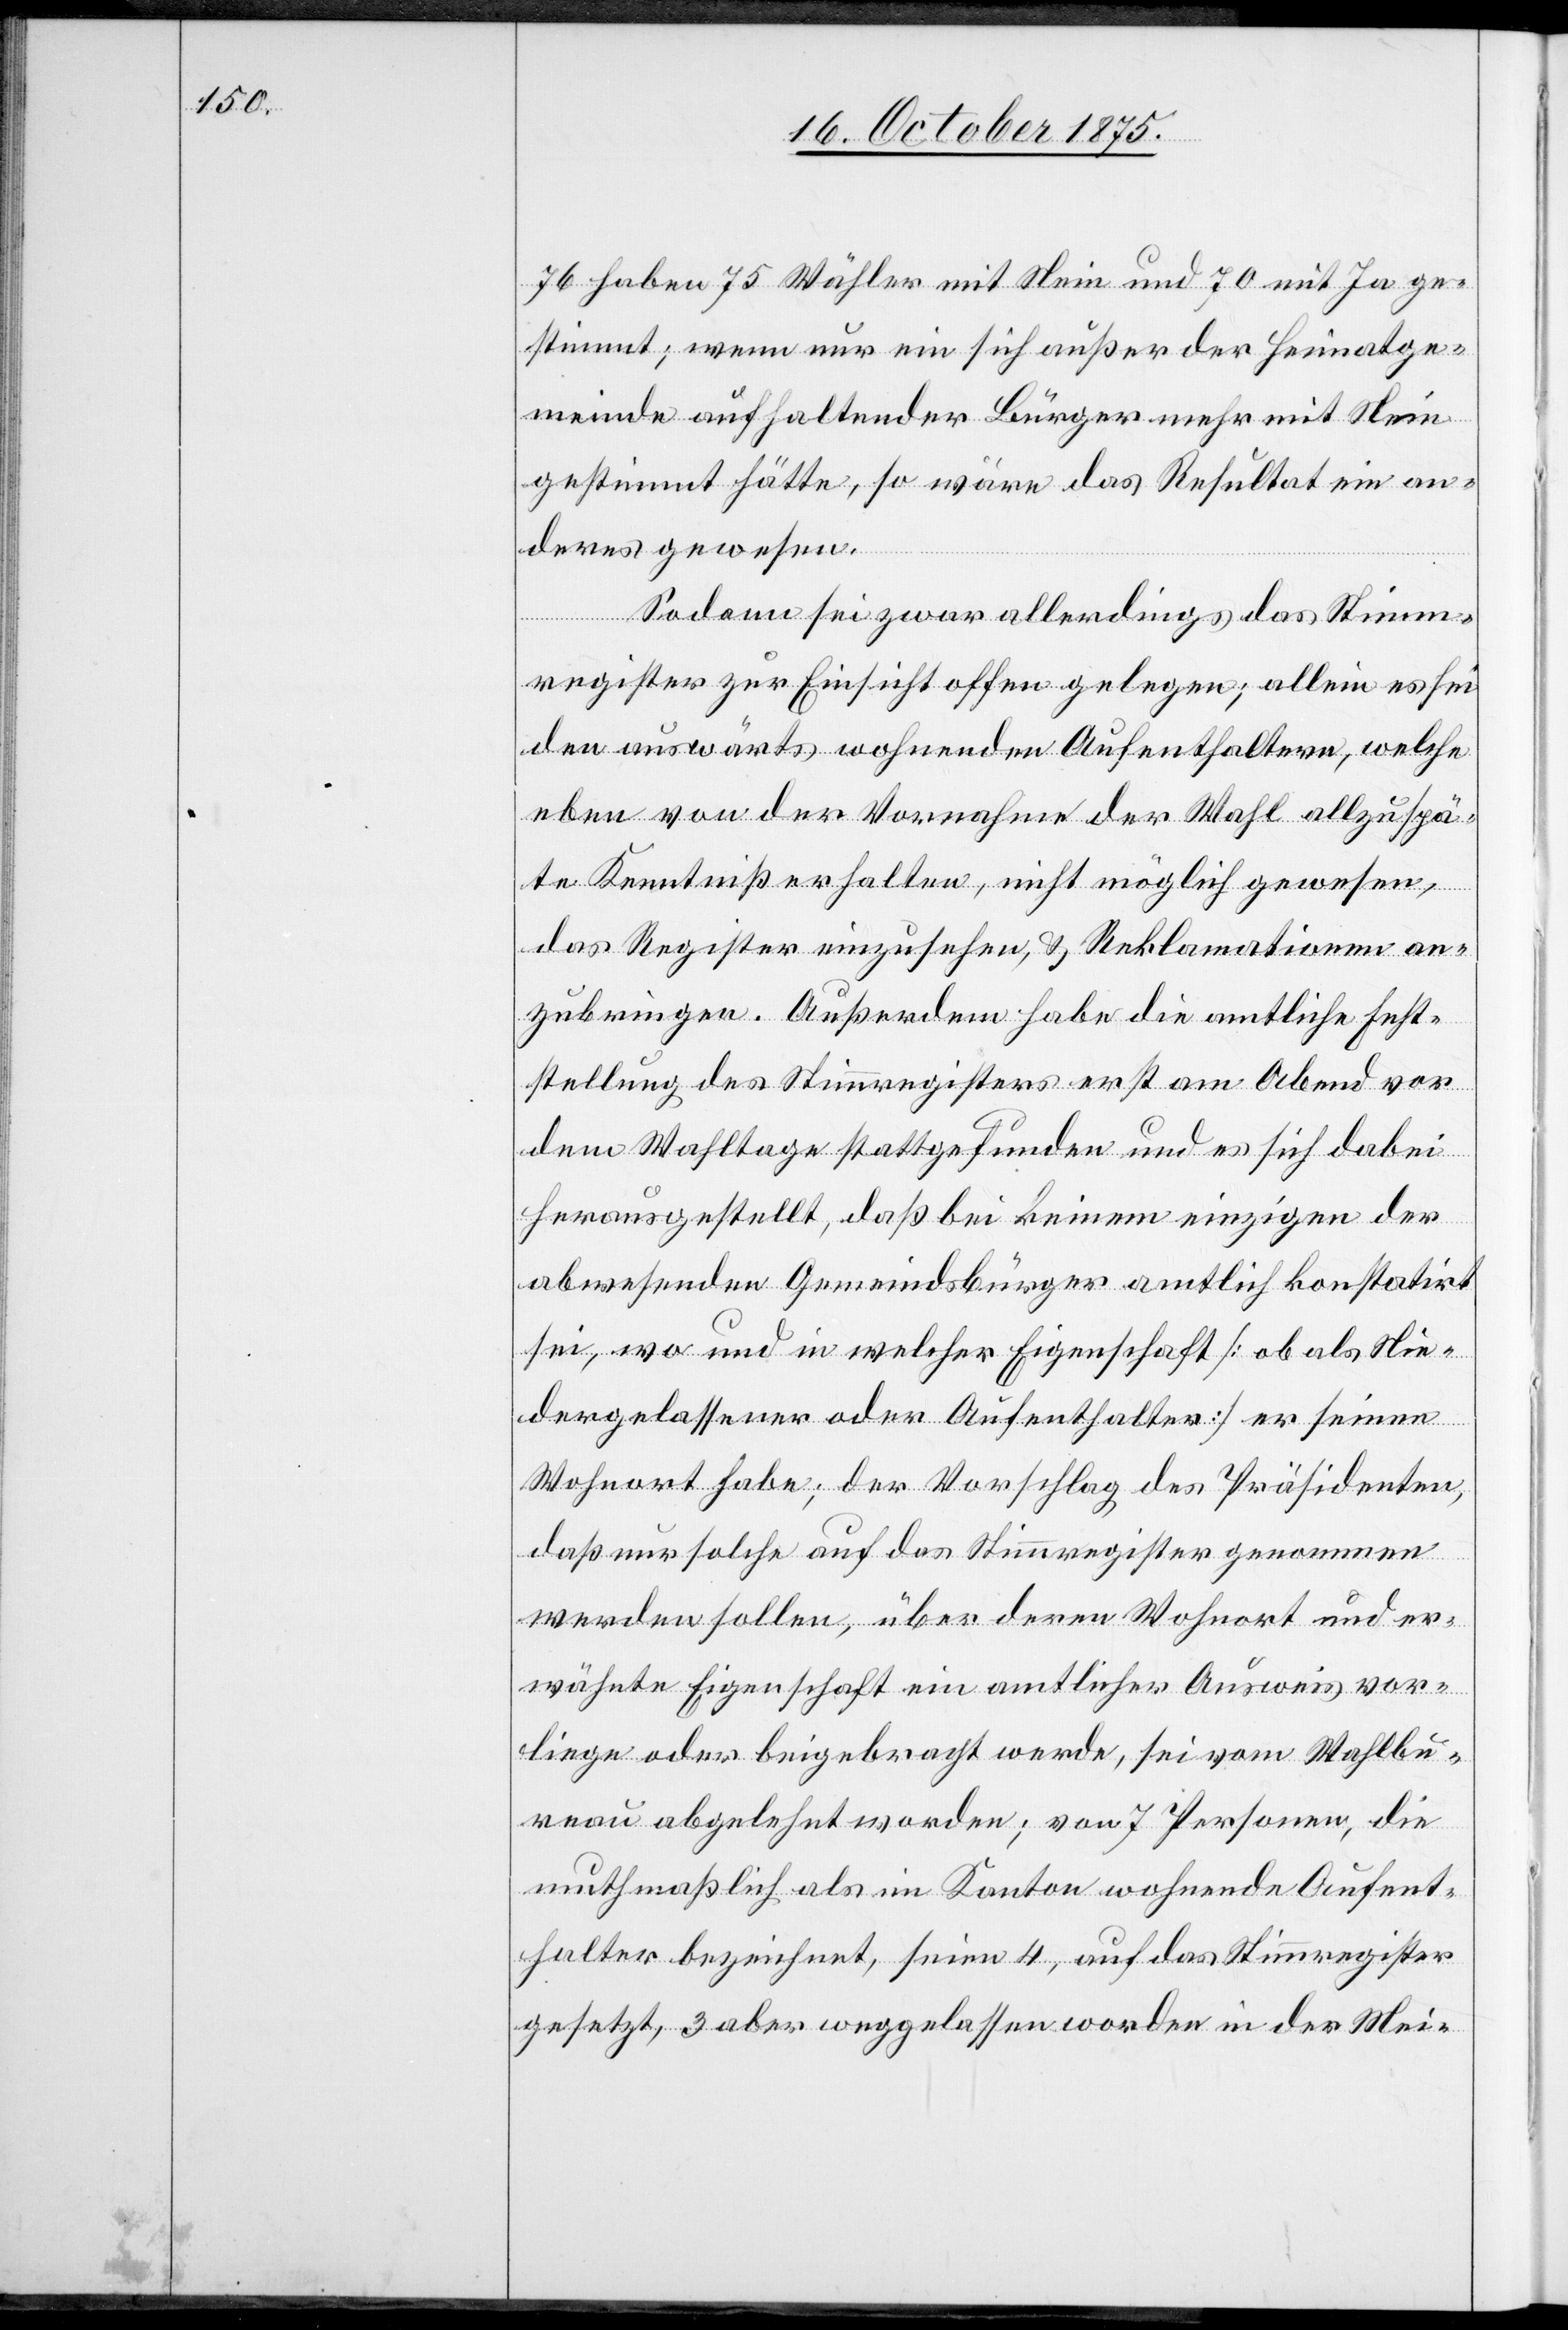
76 haben 75 Wähler mit Nein und 70 mit Ja ge¬
stimmt; wenn nur ein sich außer der Heimatge¬
meinde aufhaltender Bürger mehr mit Nein
gestimmt hätte, so wäre das Resultat ein an¬
deres gewesen.
Sodann sei zwar allerdings das Stimm¬
register zur Einsicht offen gelegen; allein es sei
den auswärts wohnenden Aufenthaltern, welche
eben von der Vornahme der Wahl allzuspä¬
te Kenntniß erhalten, nicht möglich gewesen,
das Register einzusehen, & Reklamationen an¬
zubringen. Außerdem habe die amtliche Fest¬
stellung des Stimmregisters erst am Abend vor
dem Wahltage stattgefunden und es sich dabei
herausgestellt, daß bei keinem einzigen der
abwesenden Gemeindsbürger amtlich konstatirt
sei, wo und in welcher Eigenschaft [ob als Nie¬
dergelassener oder Aufenthalter] er seinen
Wohnort habe; der Vorschlag des Präsidenten,
daß nur solche auf das Stimmregister genommen
werden sollen, über deren Wohnort und er¬
wähnte Eigenschaft ein amtlicher Ausweis vor¬
liege oder beigebracht werde, sei vom Wahlbu¬
reau abgelehnt worden; von 7 Personen, die
muthmaßlich als im Kanton wohnende Aufent¬
halter bezeichnet, seien 4, auf das Stimmregister
gesetzt, 3 aber weggelassen worden in der Mei-